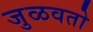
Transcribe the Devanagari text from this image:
जुळवतो